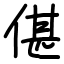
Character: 偡